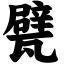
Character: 甓